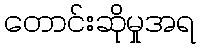
တောင်းဆိုမှုအရ